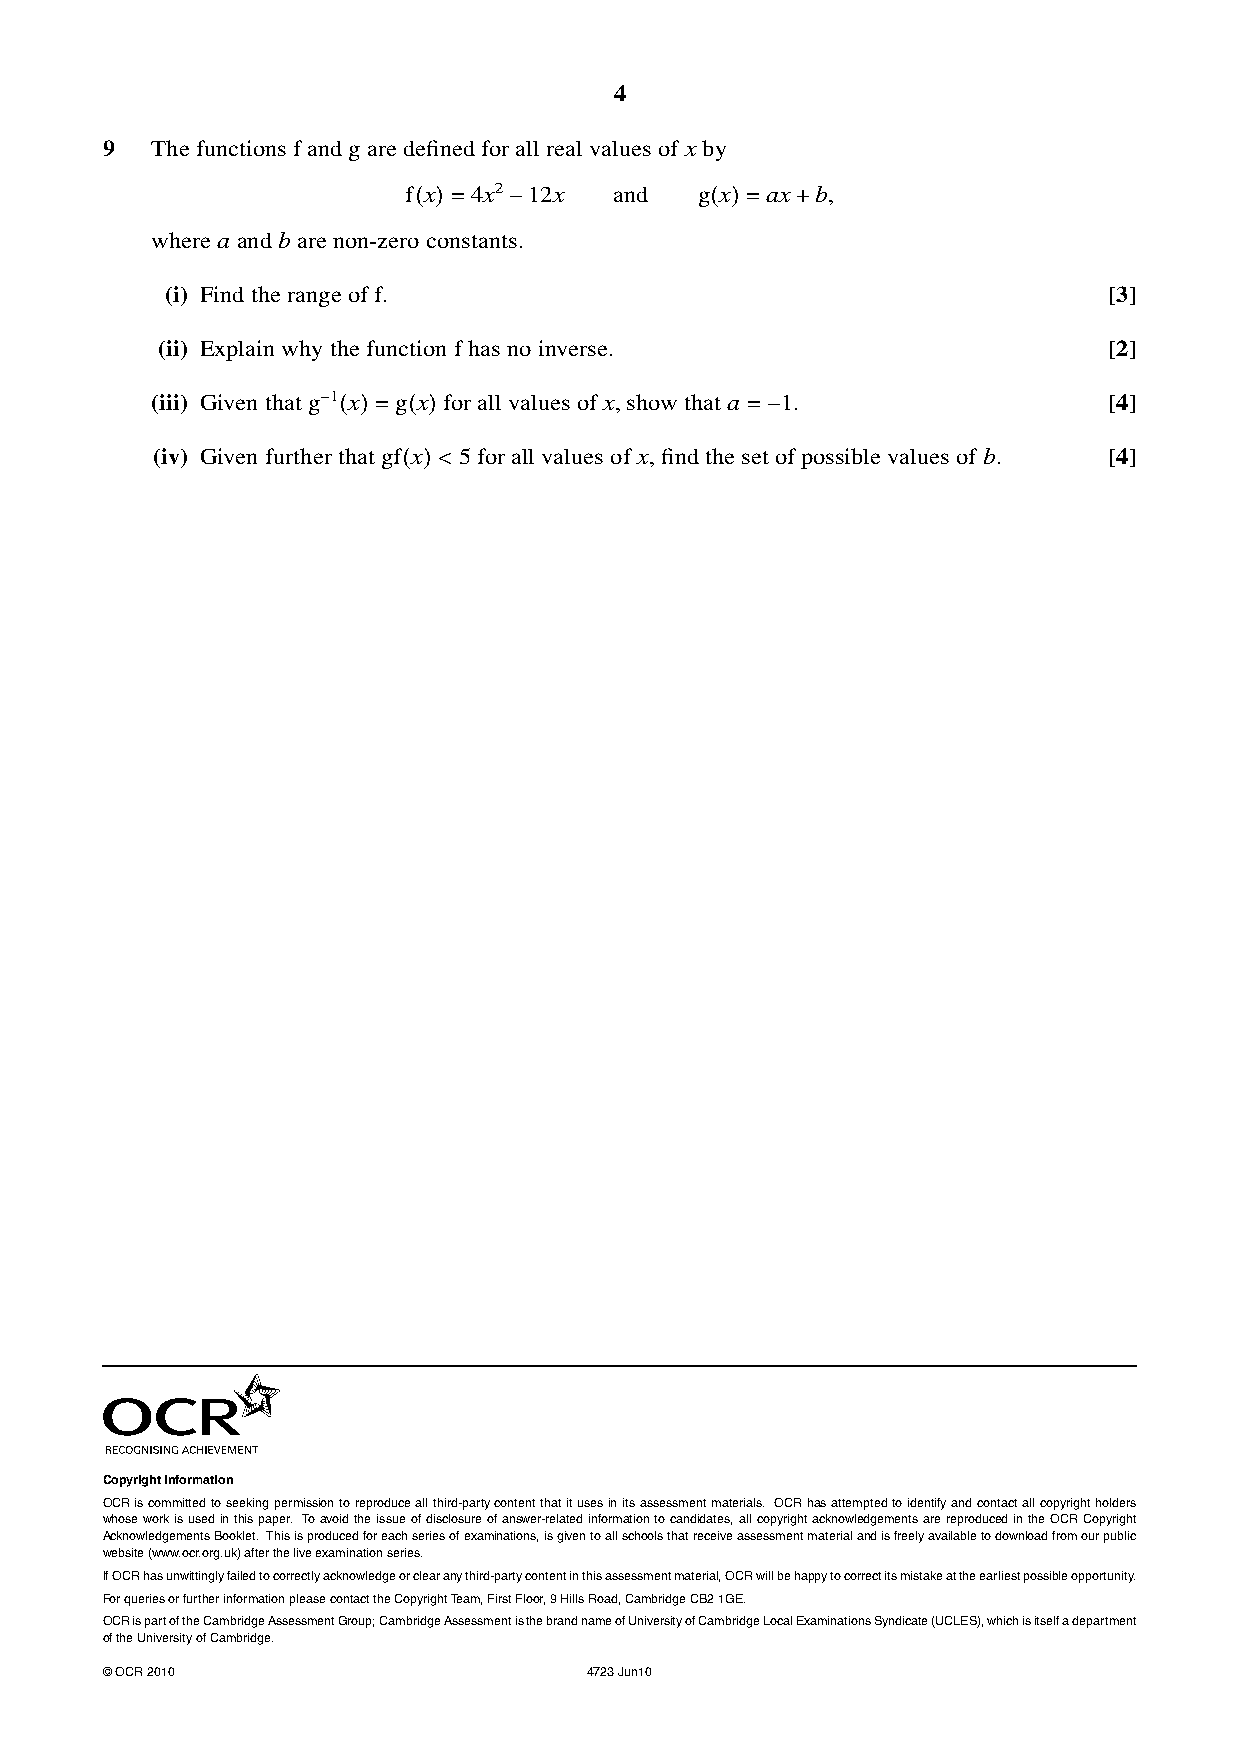
4
 9  Thefunctionsfandgaredefinedforallrealvaluesofx by
 f x 4x2 12x   and  g x  ax b,
 ( )=   −            ( )=  +
 wherea andbare non-zeroconstants.
 (i) Findtherange off.                                         [3]
 (ii) Explainwhythefunctionfhasnoinverse.                       [2]
 (iii) Giventhatg 1 x g x for allvaluesofx,show thata 1.        [4]
 −
 ( )= ( )                   =−
 (iv) Givenfurtherthatgf x 5forallvaluesof x,findthesetofpossiblevaluesofb. [4]
 ( )<
 CopyrightInformation
 OCRiscommittedtoseekingpermissiontoreproduceallthird-partycontentthatitusesinitsassessmentmaterials. OCRhasattemptedtoidentifyandcontactallcopyrightholders
 whoseworkisusedinthispaper. Toavoidtheissueofdisclosureofanswer-relatedinformationtocandidates,allcopyrightacknowledgementsarereproducedintheOCRCopyright
 AcknowledgementsBooklet. Thisisproducedforeachseriesofexaminations,isgiventoallschoolsthatreceiveassessmentmaterialandisfreelyavailabletodownloadfromourpublic
 website(www.ocr.org.uk)aftertheliveexaminationseries.
 IfOCRhasunwittinglyfailedtocorrectlyacknowledgeorclearanythird-partycontentinthisassessmentmaterial,OCRwillbehappytocorrectitsmistakeattheearliestpossibleopportunity.
 ForqueriesorfurtherinformationpleasecontacttheCopyrightTeam,FirstFloor,9HillsRoad,CambridgeCB21GE.
 OCRispartoftheCambridgeAssessmentGroup;CambridgeAssessmentisthebrandnameofUniversityofCambridgeLocalExaminationsSyndicate(UCLES),whichisitselfadepartment
 oftheUniversityofCambridge.
 ©OCR2010                        4723Jun10